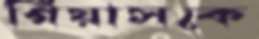
গিয়াসকে